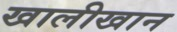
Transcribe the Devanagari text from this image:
खालीखान